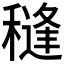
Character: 𮃩